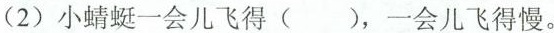
(2)小蜻蜓一会儿飞得( )，一会儿飞得慢。